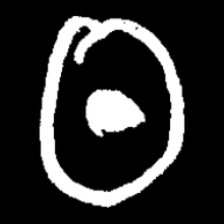
Pyu character \u2014 Myanmar letter: ထ (romanized: tha)